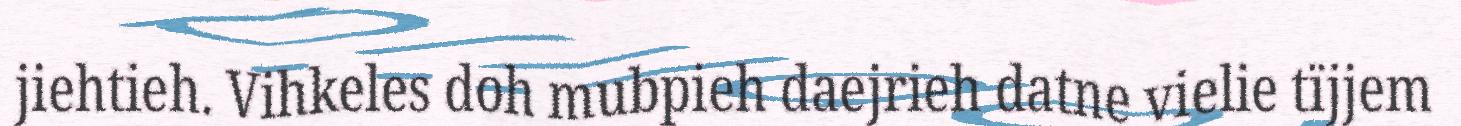
jiehtieh. Vihkeles doh mubpieh daejrieh datne vielie tïjjem